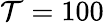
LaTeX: \mathcal{T}=100